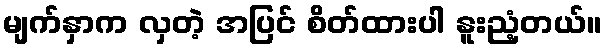
မျက်နှာက လှတဲ့ အပြင် စိတ်ထားပါ နူးညံ့တယ်။